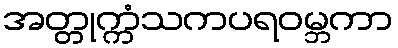
အတ္တုက္ကံသကပရဝမ္ဘကာ